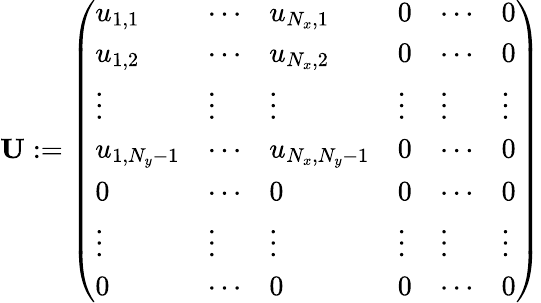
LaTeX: \mathbf{U}:=\left(\begin{array}{llllll}{u_{1,1}}&{\cdots}&{u_{N_{x},1}}&{0}&{\cdots}&{0}\\ {u_{1,2}}&{\cdots}&{u_{N_{x},2}}&{0}&{\cdots}&{0}\\ {\vdots}&{\vdots}&{\vdots}&{\vdots}&{\vdots}&{\vdots}\\ {u_{1,N_{y}-1}}&{\cdots}&{u_{N_{x},N_{y}-1}}&{0}&{\cdots}&{0}\\ {0}&{\cdots}&{0}&{0}&{\cdots}&{0}\\ {\vdots}&{\vdots}&{\vdots}&{\vdots}&{\vdots}&{\vdots}\\ {0}&{\cdots}&{0}&{0}&{\cdots}&{0}\end{array}\right)